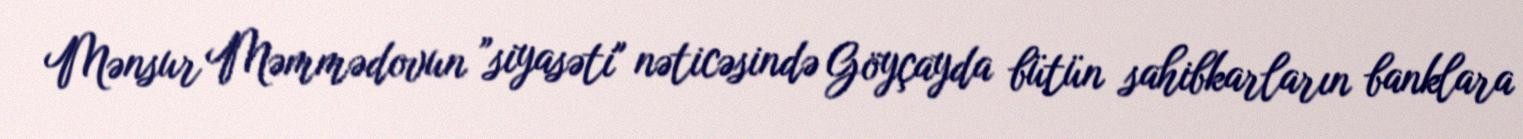
Mənsur Məmmədovun ”siyasəti" nəticəsində Göyçayda bütün sahibkarların banklara